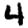
Digit: 4